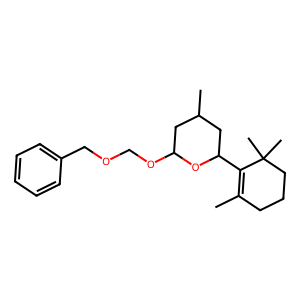
SMILES: CC1=C(C2CC(C)CC(OCOCc3ccccc3)O2)C(C)(C)CCC1
Inhibits HIV replication: No